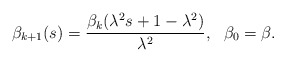
\begin{align*} \begin{aligned} \beta_{k+1}(s)=\frac{\beta_k(\lambda^2s+1-\lambda^2)}{\lambda^2}, ~~\beta_0=\beta. \end{aligned} \end{align*}